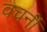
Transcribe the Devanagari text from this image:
वचनीं